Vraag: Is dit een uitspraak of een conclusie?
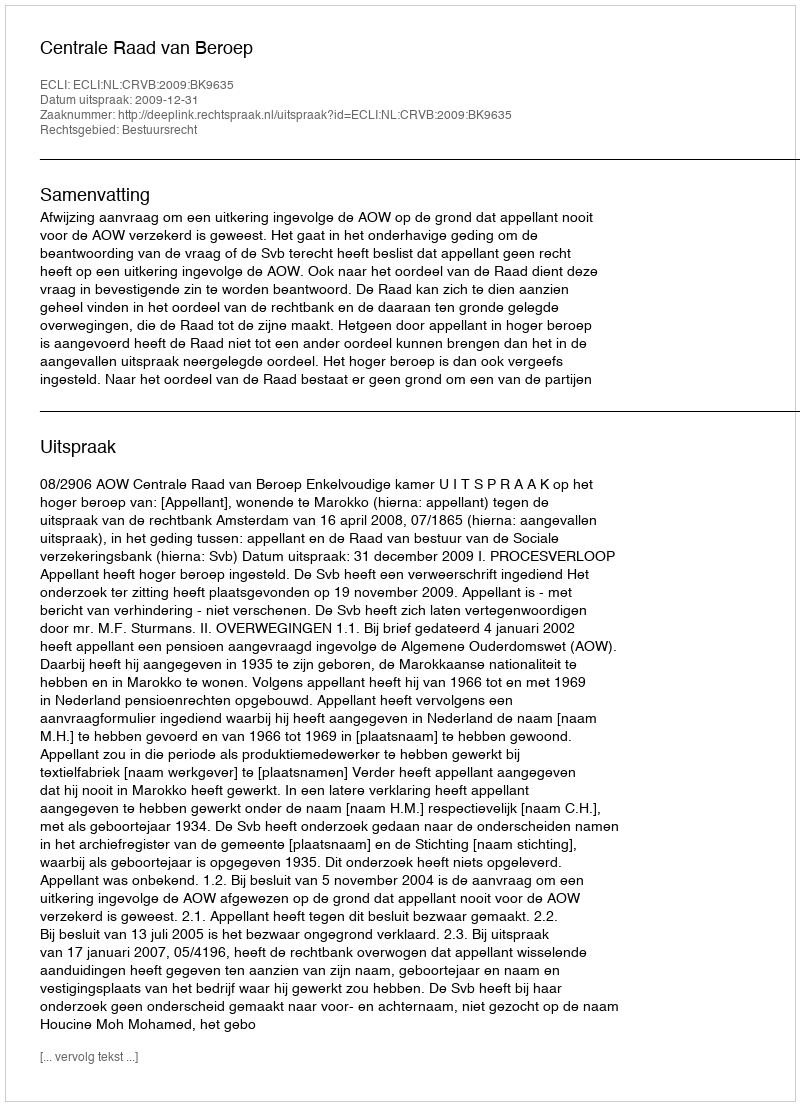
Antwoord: Uitspraak